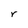
Character: r